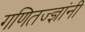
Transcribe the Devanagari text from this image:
गणितज्ज्ञांनी